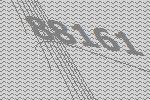
88161